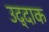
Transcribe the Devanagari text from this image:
उद्दाक